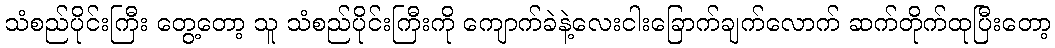
သံစည်ပိုင်းကြီး တွေ့တော့ သူ သံစည်ပိုင်းကြီးကို ကျောက်ခဲနဲ့လေးငါးခြောက်ချက်လောက် ဆက်တိုက်ထုပြီးတော့